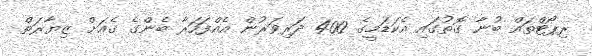
ރިޕޯޓްތައް ބުނާ ގޮތުގައި އެކަޑަމީގެ 400 ދަރިވަރުން އެއްފަހަރާ ބެންގެ ގެއަށް ޒިޔާރަތް